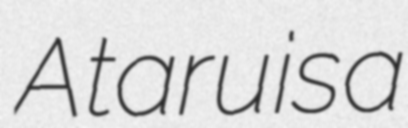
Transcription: Ataru is a